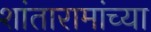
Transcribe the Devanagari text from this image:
शांतारामांच्या